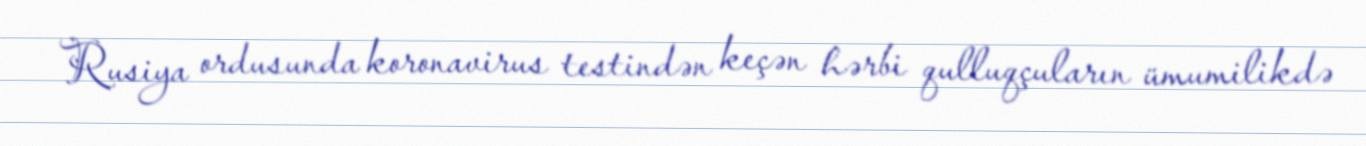
Rusiya ordusunda koronavirus testindən keçən hərbi qulluqçuların ümumilikdə